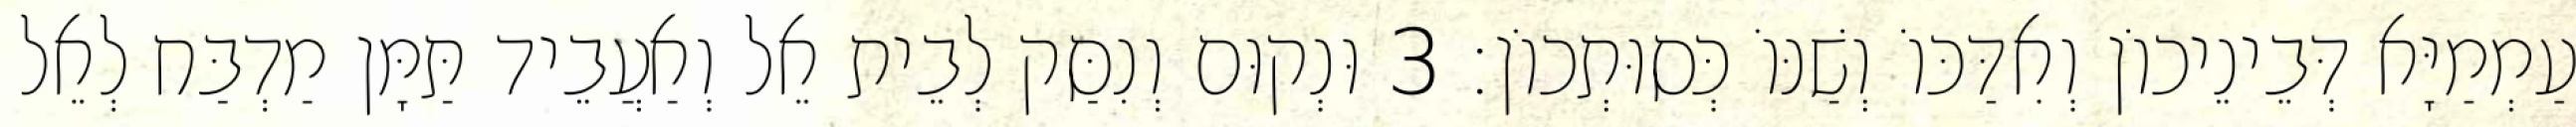
עַמְמַיָּא דְּבֵינֵיכוֹן וְאִדַּכּוֹ וְשַׁנּוֹ כְּסוּתְכוֹן׃ 3 וּנְקוּם וְנִסַּק לְבֵית אֵל וְאַעֲבֵיד תַּמָּן מַדְבַּח לְאֵל